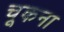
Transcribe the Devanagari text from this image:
चूकना